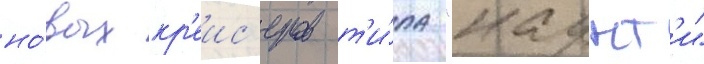
но́вых кр'еис'еров т'и́па "каунт'и"